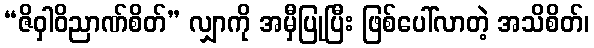
“ဇိဝှါဝိညာဏ်စိတ်” လျှာကို အမှီပြုပြီး ဖြစ်ပေါ်လာတဲ့ အသိစိတ်၊